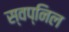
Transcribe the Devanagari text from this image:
स्‍वप्निल